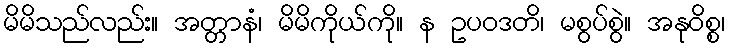
မိမိသည်လည်း။ အတ္တာနံ၊ မိမိကိုယ်ကို။ န ဥပဝဒတိ၊ မစွပ်စွဲ။ အနုဝိစ္စ၊